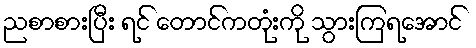
ညစာစားပြီး ရင် တောင်ကတုံးကို သွားကြရအောင်